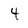
Character: 4